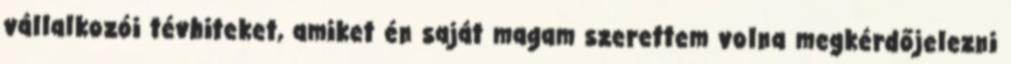
vállalkozói tévhiteket, amiket én saját magam szerettem volna megkérdőjelezni